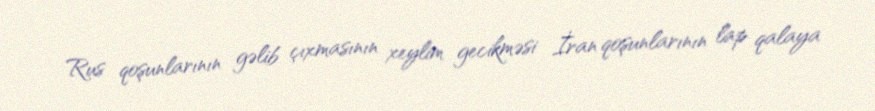
Rus qoşunlarının gəlib çıxmasının xeylim gecikməsi İran qoşunlarının lap qalaya